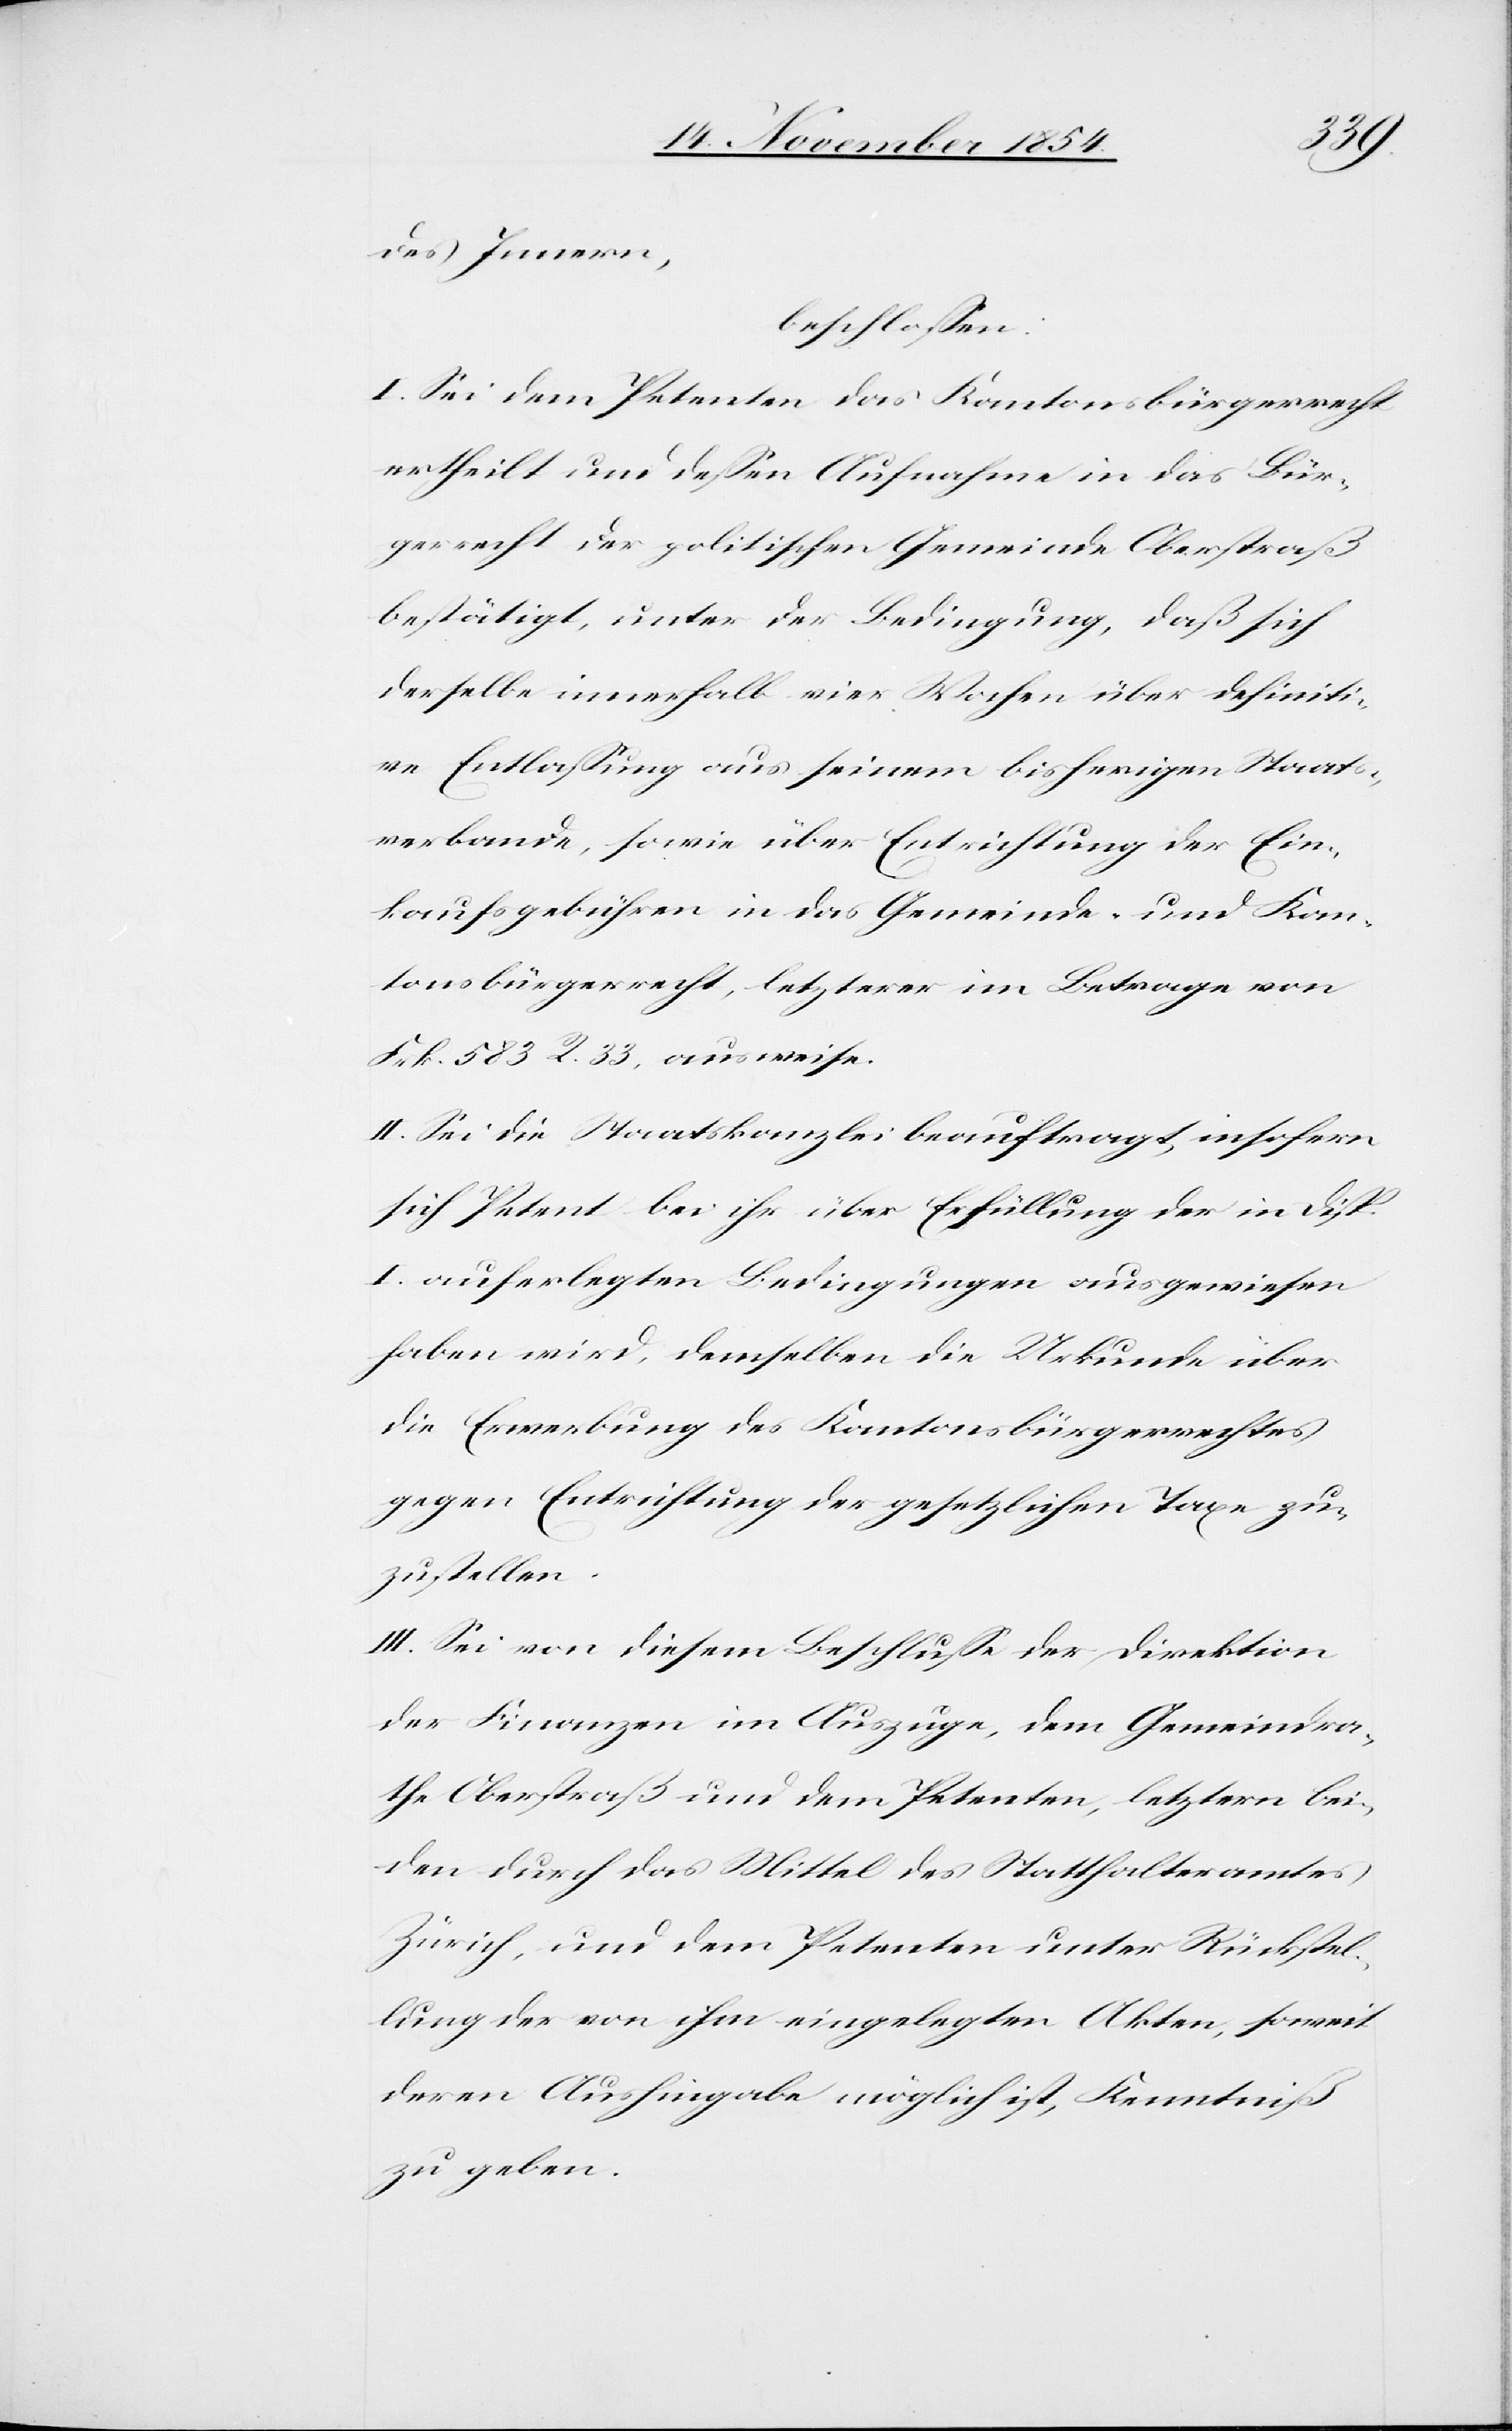
des Innern,
beschloßen:
I. Sei dem Petenten das Kantonsbürgerrecht
ertheilt und deßen Aufnahme in das Bür¬
gerrecht der politischen Gemeinde Oberstraß
bestätigt, unter der Bedingung, daß sich
derselbe innerhalb vier Wochen über definiti¬
ve Entlaßung aus seinem bisherigen Staats¬
verbande, sowie über Entrichtung der Ein¬
kaufsgebühren in das Gemeinde- und Kan¬
tonsbürgerrecht, letzterer im Betrage von
Frk. 583 R. 33 ausweise.
II. Sei die Staatskanzlei beauftragt, insofern
sich Petent bei ihr über Erfüllung der in Disp.
I auferlegten Bedingungen ausgewiesen
haben wird, demselben die Urkunde über
die Erwerbung des Kantonsbürgerrechts
gegen Entrichtung der gesetzlichen Taxe zu¬
zustellen.
III. Sei von diesem Beschluße der Direktion
der Finanzen im Auszuge, dem Gemeindra¬
the Oberstraß und dem Petenten, letztern bei¬
den durch das Mittel des Statthalteramtes
Zürich, und dem Petenten unter Rückstel¬
lung der von ihm eingelegten Akten, soweit
deren Aushingabe möglich ist, Kenntniß
zu geben.